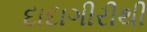
દાદાગીરીથી